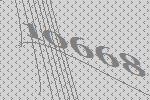
10668